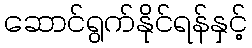
ဆောင်ရွက်နိုင်ရန်နှင့်